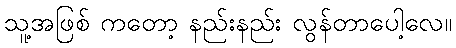
သူ့အဖြစ် ကတော့ နည်းနည်း လွန်တာပေါ့လေ။